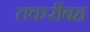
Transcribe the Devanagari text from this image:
तकरीबह